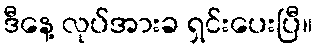
ဒီနေ့ လုပ်အားခ ရှင်းပေးပြီ။